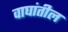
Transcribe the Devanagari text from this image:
वाघांतील